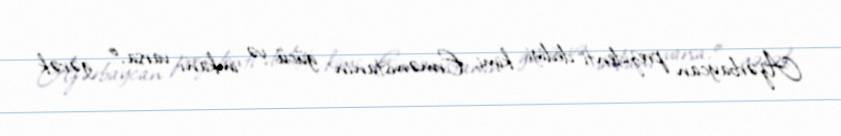
Azərbaycan prezidenti dediyi kimi, Ermənistanın gücü və imkanı varsa, o gərək